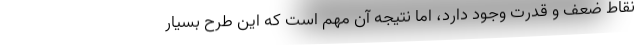
نقاط ضعف و قدرت وجود دارد، اما نتیجه آن مهم است که این طرح بسیار